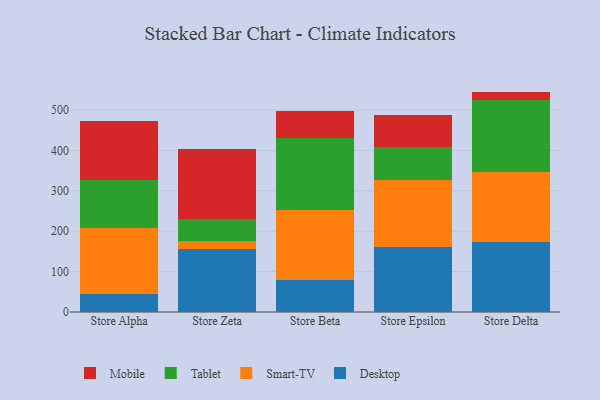
{"axis": {"x": "Store", "y": "Conversion Rate (%)"}, "legend": ["Desktop", "Mobile", "Smart-TV", "Tablet"], "data": [{"x": "Store Alpha", "y": 45.7, "type": "Desktop"}, {"x": "Store Alpha", "y": 161.4, "type": "Smart-TV"}, {"x": "Store Alpha", "y": 119.1, "type": "Tablet"}, {"x": "Store Alpha", "y": 145.7, "type": "Mobile"}, {"x": "Store Zeta", "y": 156.7, "type": "Desktop"}, {"x": "Store Zeta", "y": 19.5, "type": "Smart-TV"}, {"x": "Store Zeta", "y": 54.7, "type": "Tablet"}, {"x": "Store Zeta", "y": 174.0, "type": "Mobile"}, {"x": "Store Beta", "y": 79.4, "type": "Desktop"}, {"x": "Store Beta", "y": 174.0, "type": "Smart-TV"}, {"x": "Store Beta", "y": 176.4, "type": "Tablet"}, {"x": "Store Beta", "y": 68.8, "type": "Mobile"}, {"x": "Store Epsilon", "y": 162.1, "type": "Desktop"}, {"x": "Store Epsilon", "y": 166.0, "type": "Smart-TV"}, {"x": "Store Epsilon", "y": 79.9, "type": "Tablet"}, {"x": "Store Epsilon", "y": 80.2, "type": "Mobile"}, {"x": "Store Delta", "y": 172.9, "type": "Desktop"}, {"x": "Store Delta", "y": 173.2, "type": "Smart-TV"}, {"x": "Store Delta", "y": 179.0, "type": "Tablet"}, {"x": "Store Delta", "y": 20.7, "type": "Mobile"}]}